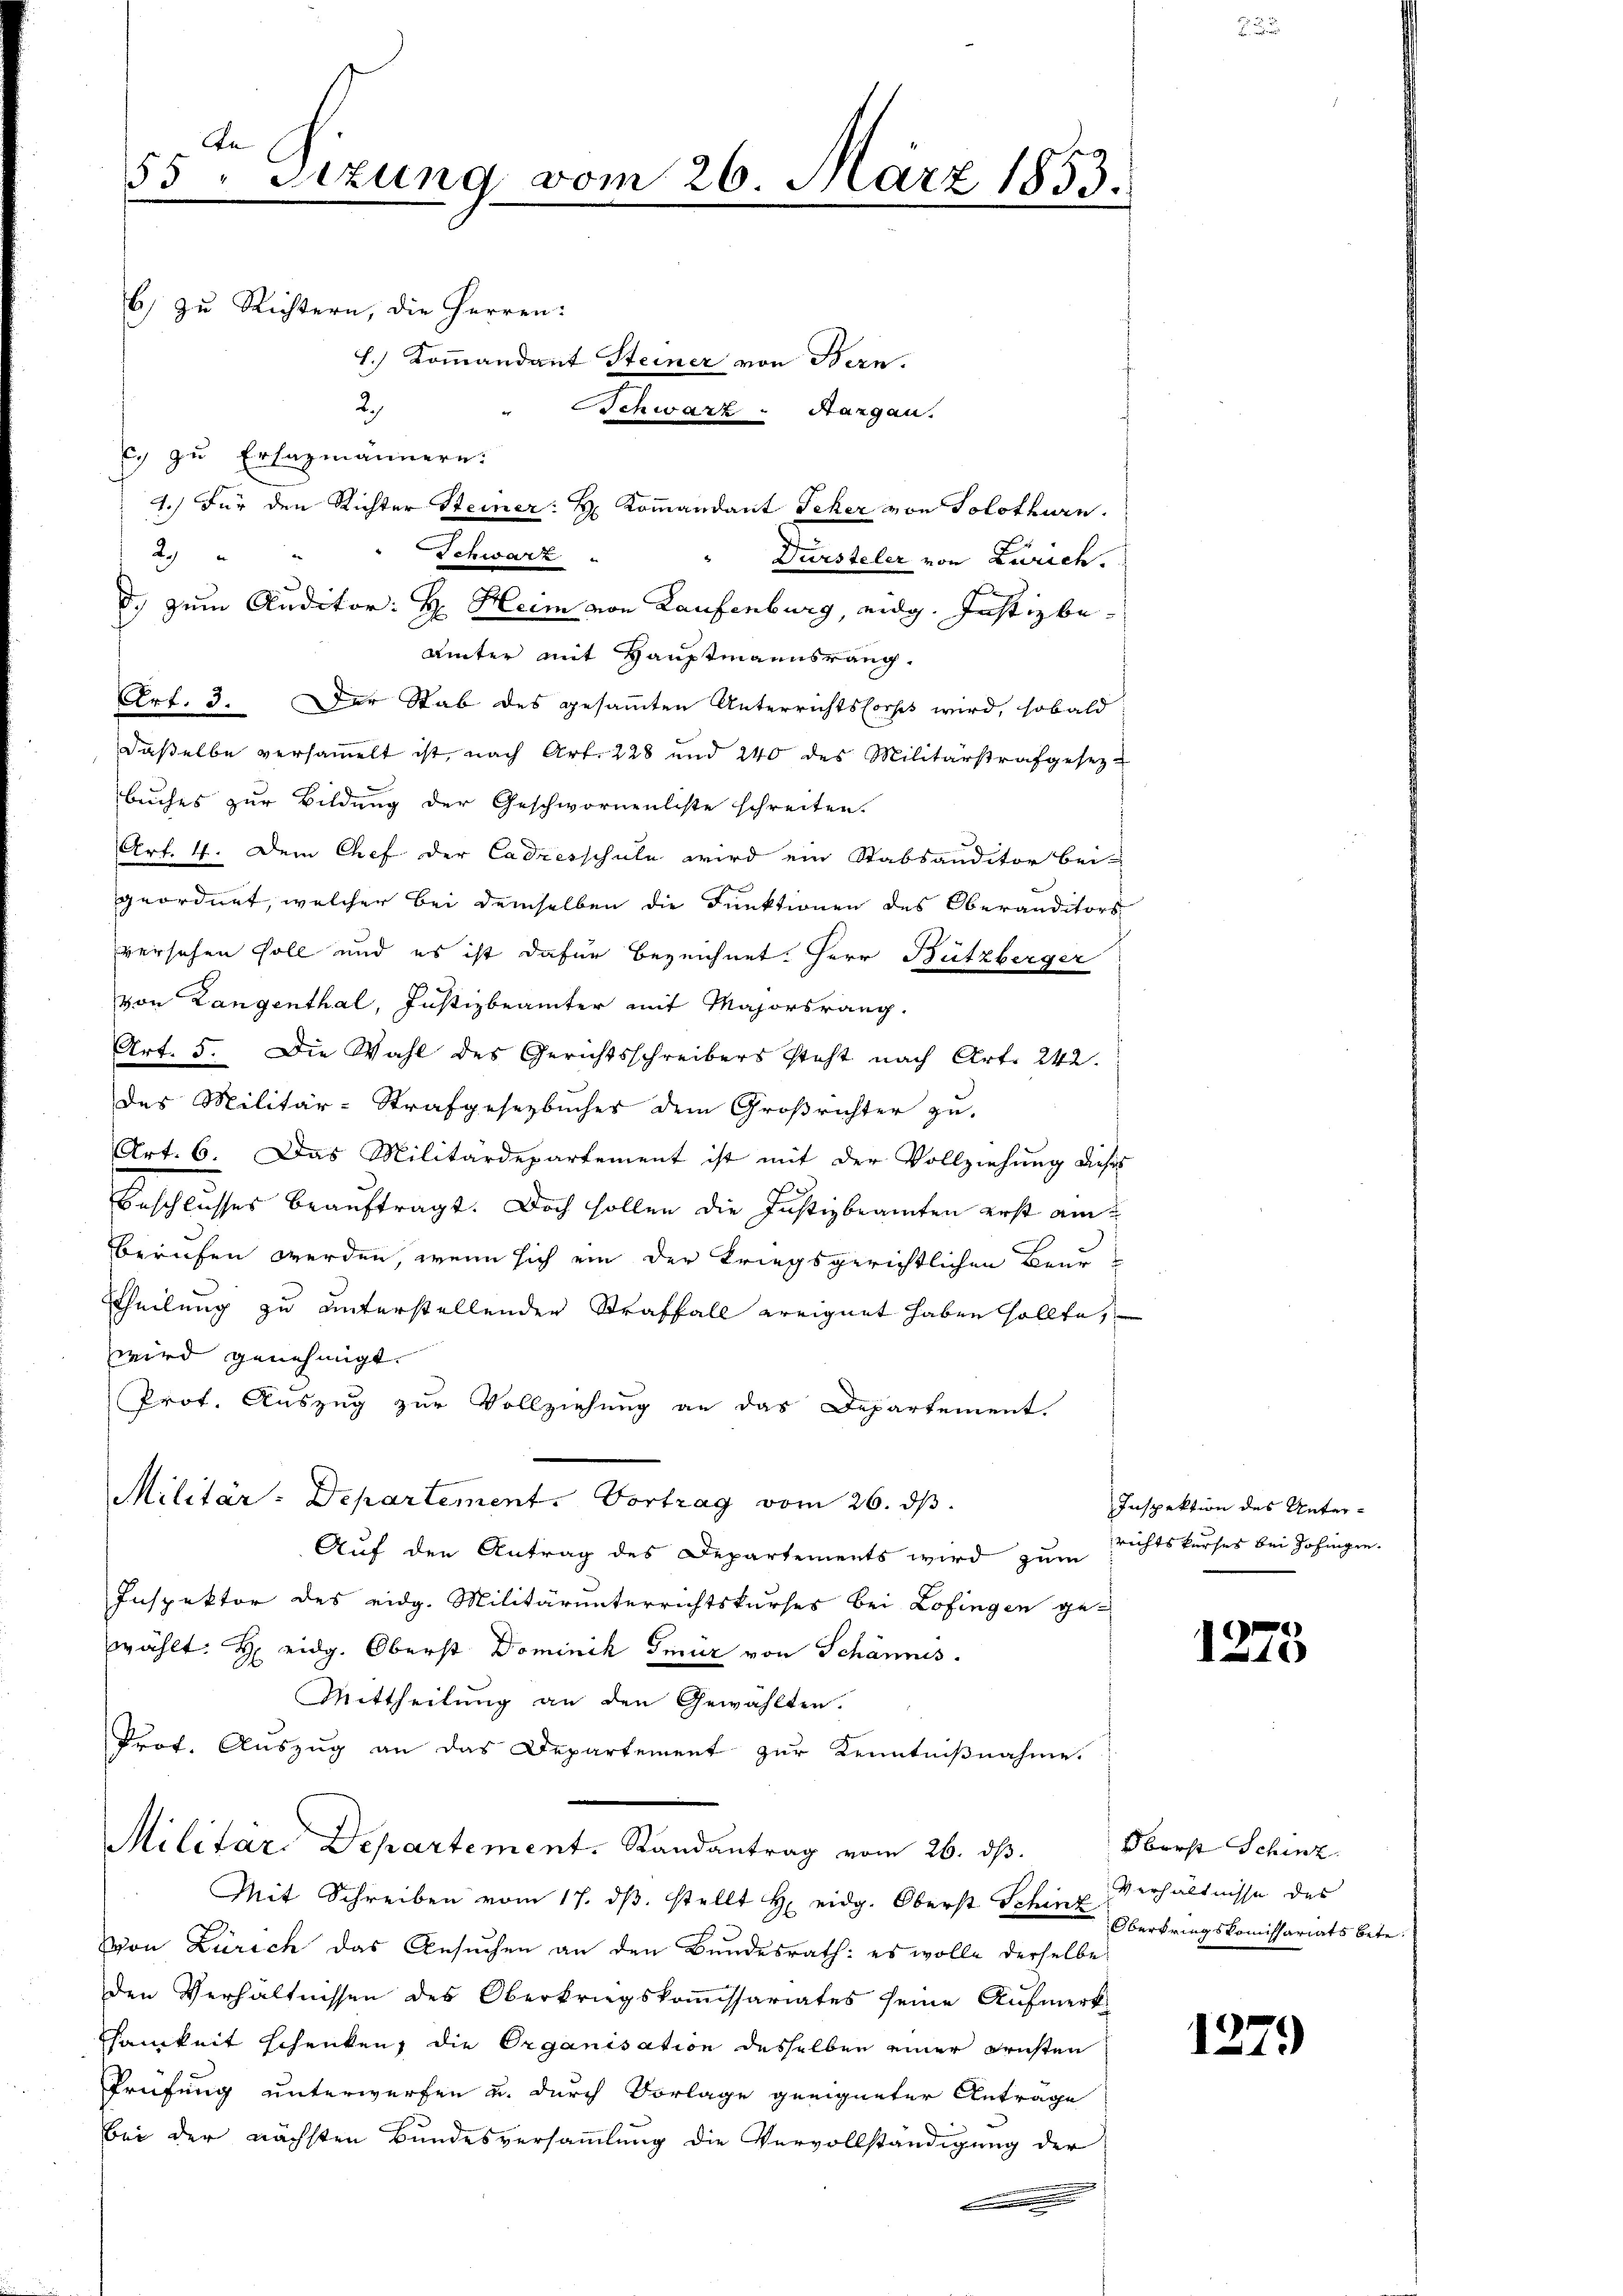
An
55. Sitzung vom 26. März 1853.

b) zu Richtern, die Herren:
H.) Kommandant Steiner von Bern.
2
Schwarz. Sargau.
Ey zu Ersazmännern:
1.) Für den Richter Steiner: H. Kommandant Teker von Solothurn.
29
Schwarz
Dürsteler von Zürich.
d. zum Auditor: H. Heim von Laufenburg, eidg. Justiz be-
ämter mit Hauptmannsrang.
Art. 3. Der Stab des gesammten Unterrichtsforses wird, sobald
daßelbe versammelt ist, nach Art. 228 und 240 des Militärstrafgesezbruches zur Bildung der Geschwornenliste schreiten.
Art. 4. Dem Chef der Cadresschule wird ein Stabsauditor bei-
geordnet, welcher bei demselben die Funktionen des Oberanditors
versehen soll und es ist dafür bezeichnet. Herr Bützberger
von Langenthal, Justizbeämter mit Majorsrang.
Art. 5. Die Wahl des Gerichtsschreibers steht nach Art. 242.
des Militär-Strafgesetzbuches dem Großrichter zu
Art. 6. Das Militärdepartement ist mit der Vollziehung dieses
Beschlusses beauftragt. Doch sollen die Justizbeamten erst am
berufen werden, wenn sich ein der Kriegsgerichtlichen Beur¬
Theilung zu unterstellenden Straffall ereignet haben sollte,
wird genehmigt.
Prot. Auszug zur Vollziehung an das Departement.
Militär. Departement. Vortrag vom 26. ds.
Auf den Antrag des Departements wird zum Richtskurses bei Zofingen
Inspektor des eidg. Militärunterrichtskurses bei Lofingen gewählt: H eidg. Oberst Dominik Gmür von Schännis
Mittheilung an den Gewählten.
Prof. Auszug an das Departement zur Kenntnißnahme.
Militäre Departement. Randantrag vom 26. ds. Oberst Schinz

Mit Schreiben vom 17. dβ. stellt H. eidg. Oberst Schine Oberbringskomissariats betr.
Von Zürich das Gesuchen an den Bundesrath: es wolle derselbe
den Verhältnissen des Oberkriegskoṁissariates seine Aufmerk-
samkeit schenken, die Organisation desselben einer Fristen
Prüfung unterwerfen u. durch Vorlage geeigneter Antrage
bei der nächsten Bundesversammlung die Vervollständigung der

Inspektion des Unter¬

1273

Verhältnisse des

1279)